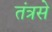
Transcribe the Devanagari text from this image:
तंत्रसे